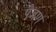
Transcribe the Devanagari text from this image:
पैजण